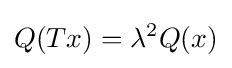
Q(Tx)=\lambda ^{2}Q(x)